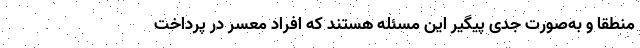
منطقا و به‌صورت جدی پیگیر این مسئله هستند که افراد معسر در پرداخت